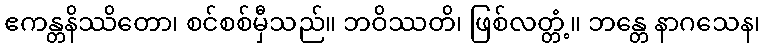
ဧကန္တနိဿိတော၊ စင်စစ်မှီသည်။ ဘဝိဿတိ၊ ဖြစ်လတ္တံ့။ ဘန္တေ နာဂသေန၊